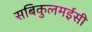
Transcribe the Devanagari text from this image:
सबिकुलमईसी